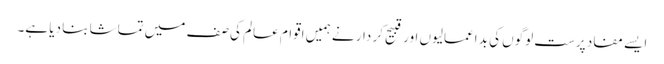
ایسے مفاد پرست لوگوں کی بد اعمالیوں اور قبیح کر دار نے ہمیں اقوام عالم کی صف میں تماشا بنا دیا ہے۔